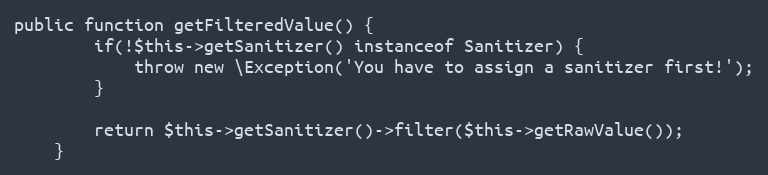
Language: PHP
public function getFilteredValue() {
        if(!$this->getSanitizer() instanceof Sanitizer) {
            throw new \Exception('You have to assign a sanitizer first!');
        }

        return $this->getSanitizer()->filter($this->getRawValue());
    }